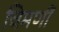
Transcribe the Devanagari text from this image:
चिमणीं